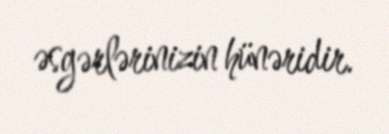
əsgərlərinizin hünəridir.